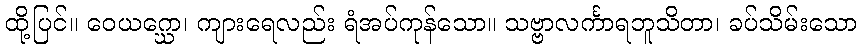
ထို့ပြင်။ ဝေယဂ္ဃော၊ ကျားရေလည်း ရံအပ်ကုန်သော။ သဗ္ဗာလင်္ကာရဘူသိတာ၊ ခပ်သိမ်းသော